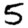
Digit: 5